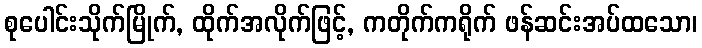
စုပေါင်းသိုက်မြိုက်, ထိုက်အလိုက်ဖြင့်, ကတိုက်ကရိုက် ဖန်ဆင်းအပ်ထသော၊